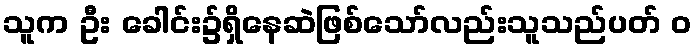
သူက ဦး ခေါင်း၌ရှိနေဆဲဖြစ်သော်လည်းသူသည်ပတ် ၀